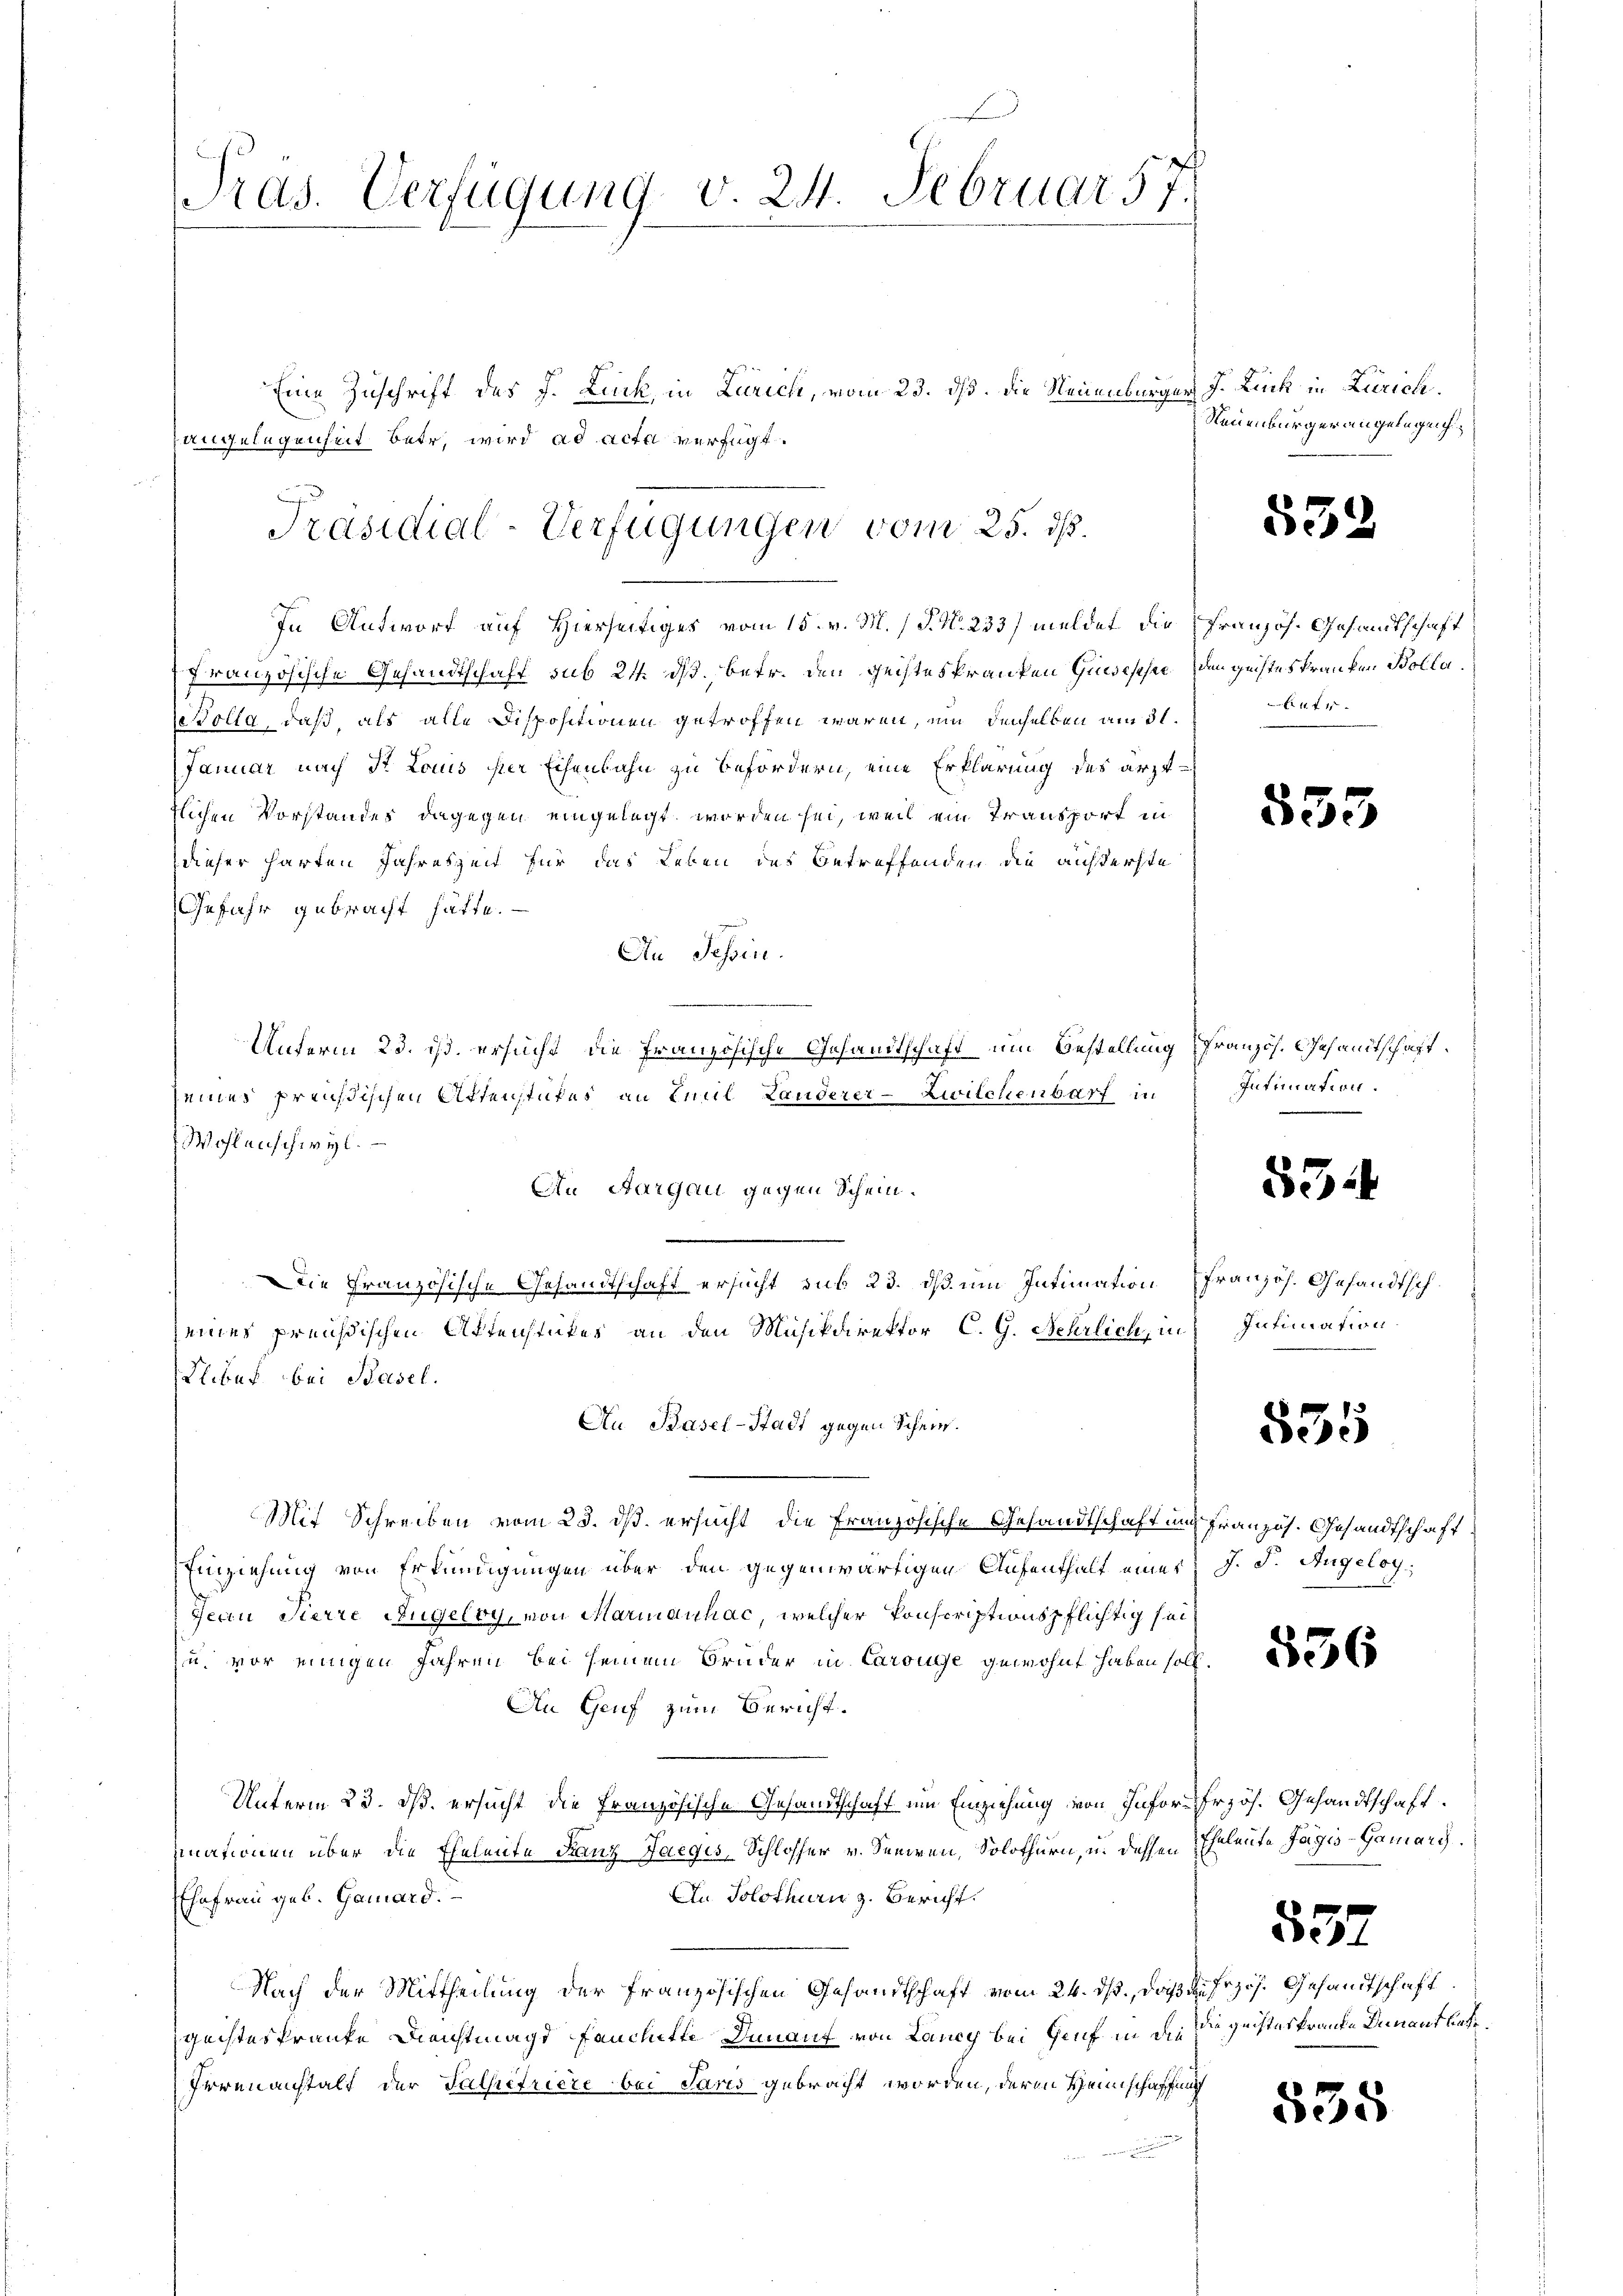
Pras. Verfügung v. 24. Februar 57.

Eine Zuschrift des J. Luck, in Zürich, vom 23. ds. die Neuenburger J. Lück in Zürich.
französische Gesandtschaft sub 21. ds., betr. den Geisteskranken Gundesche den geisteskranken Bolla¬
Dolla, daß, als alle Dispositionen getroffen wären, um denselben am 31.
Januar nach St. Louis hier Eisenbahn zu befördern, eine Erklärung des ärzttlichen Vorstandes dagegen eingelegt worden sei, weil ein Transport in
dieser harten Jahreszeit für das Leben des Betreffenden die ausserste
Gefahr gebracht hätte.
An Schen.
Unferm 23. ist. ersucht, die Französische Gesandtschaft und Bestellung französ. Gesamtschaft
seines Preußischen Ortenstufes an Emil Landerer-Zwilchenbarf in
Wohlenschwyl.
An Aargau gegen Schein.
Die Französische Gesandtschaft ersucht Frk. 23. dß um Intimation französ. Gesandtschseines preußischen Aktenstükes an den Musikdirektor C. G. Nehrlich, in
Elibus bei Basel.
Au Basel-Stadt gegen Schein.
Mit Schreiben vom 25. dß ersucht, die Französische Gesandtschaft und französ. Gesandtschaft
Einziehung von Erkundigungen über den gegenwärtigen Aufenthalt einer
Jean Pierre Augeloy, von Marianhac, welcher Ponscriptionspflichtig sei
u. vor einigen Jahren bei seinem Bruder in Carouge gewohnt haben soll,
An Genf zum Bericht.
Unterm 23. ds. ersucht die Französische Gesandtschaft um Einziehung von Infor-Erzös. Gesandtschaft
mnationen über die Eheleute Franz Laegis, Schlosser v. Seniren, Solothurn, u. dessen Eheleute Jagis-Gamari.
Ehefrau geb. Gamard.
An Solothurn z. Bericht.
Nach der Mittheilung der Französischen Gesandtschaft vom 24. ds., daß die Erzös. Gesandtschaft
geisteskranke Dienstmagd auchtte Danant von Lancy bei Genf in die die geisteskraute Innant lieben
Irrenanstalt der Falsefriere bei Paris gebracht worden, deren Heimschaffung

angelegenheit Bate, wird ad acta verfügt:
Präsidial-Verfügungen vom 25. dß.
In Antworf auf Hierseitiges vom 15. v. M. P. N. 233) meldet die Französ. Gesandtschaft

Neuenburger angelegen

532.

4 xr

553

Intimation.
e

334

Intimation.

835

J. F. Augelog.

836

552

535